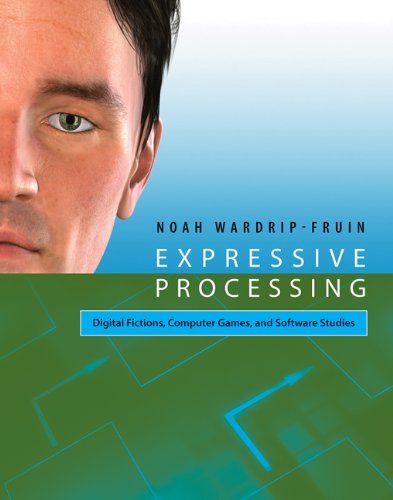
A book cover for Expressive Processing: Digital Fictions, Computer Games, and Software Studies; Noah Wardrip-Fruin; Computers & Technology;